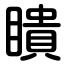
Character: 瞶